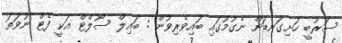
ސަރުބީ ހަށިގަނޑަށް ނެގުމުގައި ބައިވެރިވުން : ބައިލް ސޯލްޓް އަކީ ފެޓް ނުވަތަ